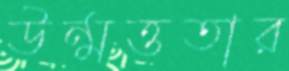
উন্মত্ততার